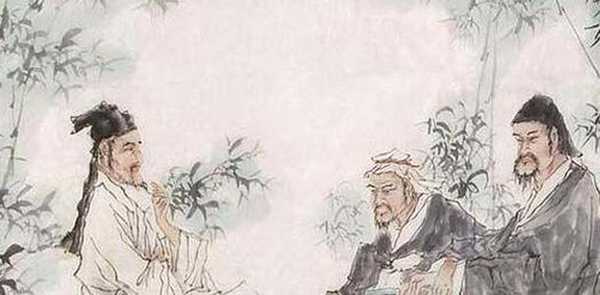
又与为人君者之不惠也，臣者之不忠也，父者之不慈也，子者之不孝也，此又天下之害也。